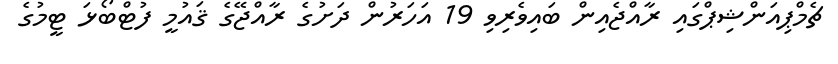
ޗެމްޕިއަންޝިޕްގައި ރާއްޖެއިން ބައިވެރިވި 19 އަހަރުން ދަށުގެ ރާއްޖޭގެ ޤައުމީ ފުޓްބޯޅަ ޓީމުގެ